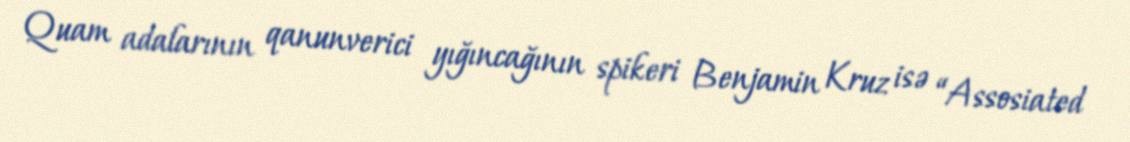
Quam adalarının qanunverici yığıncağının spikeri Benjamin Kruz isə “Assosiated